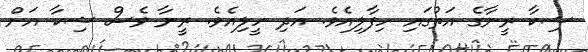
ޝިކާ ރީނާގެ އަތުގައި ހިފާލިއެވެ. އަދި ހީލިއެވެ. ރީނާ ވެސް ޝިކާ އަށް